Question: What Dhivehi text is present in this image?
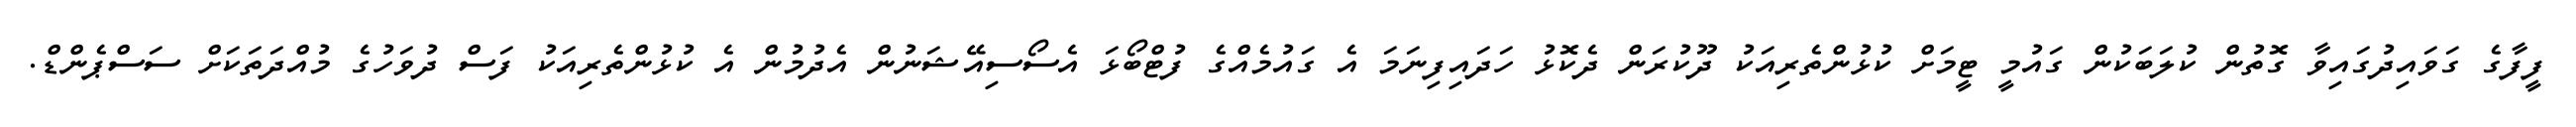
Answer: ފީފާގެ ގަވައިދުގައިވާ ގޮތުން ކުލަބަކުން ގައުމީ ޓީމަށް ކުޅުންތެރިއަކު ދޫކުރަން ދެކޮޅު ހަދައިފިނަމަ އެ ގައުމެއްގެ ފުޓްބޯޅަ އެސޯސިއޭޝަނުން އެދުމުން އެ ކުޅުންތެރިއަކު ފަސް ދުވަހުގެ މުއްދަތަކަށް ސަސްޕެންޑް.